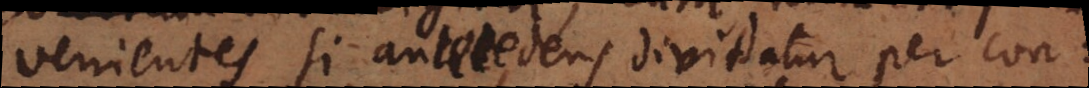
venientes si antecedens dividatur per con